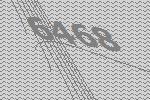
6468